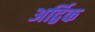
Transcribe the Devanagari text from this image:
अर्द्विक